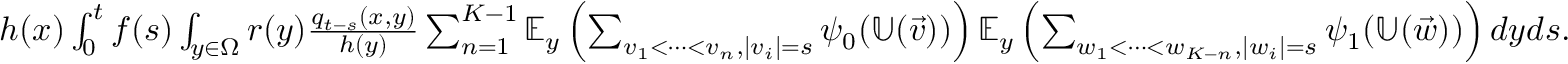
\begin{array} { r } { h ( x ) \int _ { 0 } ^ { t } f ( s ) \int _ { y \in \Omega } r ( y ) \frac { q _ { t - s } ( x , y ) } { h ( y ) } \sum _ { n = 1 } ^ { K - 1 } \mathbb { E } _ { y } \left( \sum _ { v _ { 1 } < \cdots < v _ { n } , | v _ { i } | = s } \psi _ { 0 } ( \mathbb { U } ( \vec { v } ) ) \right) \mathbb { E } _ { y } \left( \sum _ { w _ { 1 } < \cdots < w _ { K - n } , | w _ { i } | = s } \psi _ { 1 } ( \mathbb { U } ( \vec { w } ) ) \right) d y d s . } \end{array}